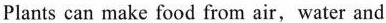
Plants can make food from air,water and